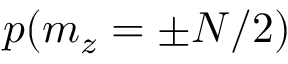
p ( m _ { z } = \pm N / 2 )